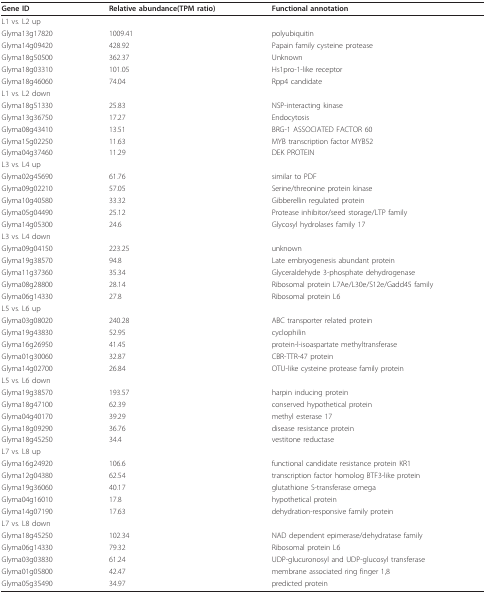
<table><thead><tr><td><b>Gene ID</b></td><td><b>Relative abundance(TPM ratio)</b></td><td><b>Functional annotation</b></td></tr></thead><tbody><tr><td>L1 vs. L2 up</td><td></td><td></td></tr><tr><td>Glyma13g17820</td><td>1009.41</td><td>polyubiquitin</td></tr><tr><td>Glyma14g09420</td><td>428.92</td><td>Papain family cysteine protease</td></tr><tr><td>Glyma18g50500</td><td>362.37</td><td>Unknown</td></tr><tr><td>Glyma18g03310</td><td>101.05</td><td>Hs1pro-1-like receptor</td></tr><tr><td>Glyma18g46060</td><td>74.04</td><td>Rpp4 candidate</td></tr><tr><td>L1 vs. L2 down</td><td></td><td></td></tr><tr><td>Glyma18g51330</td><td>25.83</td><td>NSP-interacting kinase</td></tr><tr><td>Glyma13g36750</td><td>17.27</td><td>Endocytosis</td></tr><tr><td>Glyma08g43410</td><td>13.51</td><td>BRG-1 ASSOCIATED FACTOR 60</td></tr><tr><td>Glyma15g02250</td><td>11.63</td><td>MYB transcription factor MYB52</td></tr><tr><td>Glyma04g37460</td><td>11.29</td><td>DEK PROTEIN</td></tr><tr><td>L3 vs. L4 up</td><td></td><td></td></tr><tr><td>Glyma02g45690</td><td>61.76</td><td>similar to PDF</td></tr><tr><td>Glyma09g02210</td><td>57.05</td><td>Serine/threonine protein kinase</td></tr><tr><td>Glyma10g40580</td><td>33.32</td><td>Gibberellin regulated protein</td></tr><tr><td>Glyma05g04490</td><td>25.12</td><td>Protease inhibitor/seed storage/LTP family</td></tr><tr><td>Glyma14g05300</td><td>24.6</td><td>Glycosyl hydrolases family 17</td></tr><tr><td>L3 vs. L4 down</td><td></td><td></td></tr><tr><td>Glyma09g04150</td><td>223.25</td><td>unknown</td></tr><tr><td>Glyma19g38570</td><td>94.8</td><td>Late embryogenesis abundant protein</td></tr><tr><td>Glyma11g37360</td><td>35.34</td><td>Glyceraldehyde 3-phosphate dehydrogenase</td></tr><tr><td>Glyma08g28800</td><td>28.14</td><td>Ribosomal protein L7Ae/L30e/S12e/Gadd45 family</td></tr><tr><td>Glyma06g14330</td><td>27.8</td><td>Ribosomal protein L6</td></tr><tr><td>L5 vs. L6 up</td><td></td><td></td></tr><tr><td>Glyma03g08020</td><td>240.28</td><td>ABC transporter related protein</td></tr><tr><td>Glyma19g43830</td><td>52.95</td><td>cyclophilin</td></tr><tr><td>Glyma16g26950</td><td>41.45</td><td>protein-l-isoaspartate methyltransferase</td></tr><tr><td>Glyma01g30060</td><td>32.87</td><td>CBR-TTR-47 protein</td></tr><tr><td>Glyma14g02700</td><td>26.84</td><td>OTU-like cysteine protease family protein</td></tr><tr><td>L5 vs. L6 down</td><td></td><td></td></tr><tr><td>Glyma19g38570</td><td>193.57</td><td>harpin inducing protein</td></tr><tr><td>Glyma18g47100</td><td>62.39</td><td>conserved hypothetical protein</td></tr><tr><td>Glyma04g40170</td><td>39.29</td><td>methyl esterase 17</td></tr><tr><td>Glyma18g09290</td><td>36.76</td><td>disease resistance protein</td></tr><tr><td>Glyma18g45250</td><td>34.4</td><td>vestitone reductase</td></tr><tr><td>L7 vs. L8 up</td><td></td><td></td></tr><tr><td>Glyma16g24920</td><td>106.6</td><td>functional candidate resistance protein KR1</td></tr><tr><td>Glyma12g04380</td><td>62.54</td><td>transcription factor homolog BTF3-like protein</td></tr><tr><td>Glyma19g36060</td><td>40.17</td><td>glutathione S-transferase omega</td></tr><tr><td>Glyma04g16010</td><td>17.8</td><td>hypothetical protein</td></tr><tr><td>Glyma14g07190</td><td>17.63</td><td>dehydration-responsive family protein</td></tr><tr><td>L7 vs. L8 down</td><td></td><td></td></tr><tr><td>Glyma18g45250</td><td>102.34</td><td>NAD dependent epimerase/dehydratase family</td></tr><tr><td>Glyma06g14330</td><td>79.32</td><td>Ribosomal protein L6</td></tr><tr><td>Glyma03g03830</td><td>61.24</td><td>UDP-glucuronosyl and UDP-glucosyl transferase</td></tr><tr><td>Glyma01g05800</td><td>42.47</td><td>membrane associated ring finger 1,8</td></tr><tr><td>Glyma05g35490</td><td>34.97</td><td>predicted protein</td></tr></tbody></table>